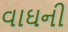
વાઘની